Lunatic asylums Madras 1877-1891 - 1877-1891
Year: 1877
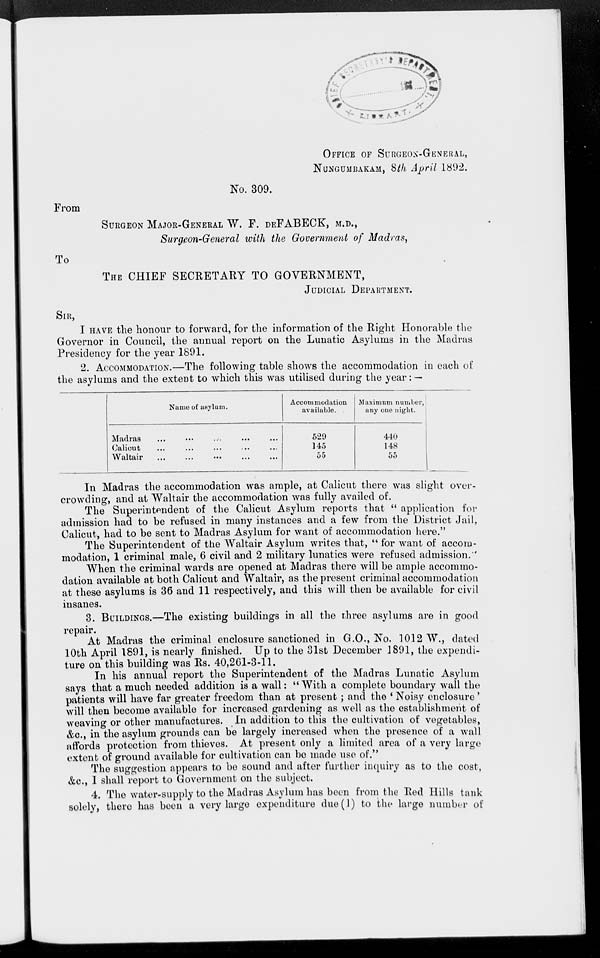
OFFICE OF SURGEON-GENERAL,
NUNGUMBAKAM, 8th April 1892.
No. 309.
From
SURGEON MAJOR-GENERAL W. F. DEFABECK, M.D.,
Surgeon-General with the Government of Madras,
To
THE CHIEF SECRETARY TO GOVERNMENT,
JUDICIAL DEPARTMENT.
SIR,
I HAVE the honour to forward, for the Information of the Right Honorable the
Governor in Council, the annual report on the Lunatic Asylums in the Madras
Presidency for the year 1891.
2. ACCOMMODATION.—The following table shows the accommodation in each of
the asylums and the extent to which this was utilised during the year: —
Name of asylum.
Madras
...
...
...
...
...
Calicut ... ... ... ... ...
Waltair ... ... ... ... ...
Accommodation
available.
529
145
55
Maximum number,
any one night.
440
148
55
In Madras the accommodation was ample, at Calicut there was slight over-
crowding, and at Waltair the accommodation was fully availed of.
The Superintendent of the Calicut Asylum reports that " application for
admission had to be refused in many instances and a few from the District Jail,
Calicut, had to be sent to Madras Asylum for want of accommodation here."
The Superintendent of the Waltair Asylum writes that, " for want of accom-
modation, 1 criminal male, 6 civil and 2 military lunatics were refused admission.
When the criminal wards are opened at Madras there will be ample accommo-
dation available at both Calicut and Waltair, as the present criminal accommodation
at these asylums is 36 and 11 respectively, and this will then be available for civil
insanes.
3. BUILDINGS.—The existing buildings in all the three asylums are in good
repair.
At Madras the criminal enclosure sanctioned in G.O., No. 1012 W., dated
10th April 1891, is nearly finished. Up to the 31st December 1891, the expendi-
ture on this building was Rs. 40,261-3-11.
In his annual report the Superintendent of the Madras Lunatic Asylum
says that a much needed addition is a wall: " With a complete boundary wall the
patients will have far greater freedom than at presents; and the ' Noisy enclosure'
will then become available for increased gardening as well as the establishment of
weaving or other manufactures. In addition to this the cultivation of vegebables,
&c., in the asylum grounds can be largely increased when the presence of a wall
affords protection from thieves. At present only a limited area of a very large
extent of ground available for cultivation can be made use of."
The Suggestion appears to be sound and after further inquiry as to the cost,
&c, I shall report to Government on the subject.
4. The water-supply to the Madras Asylum has been from the Red Hills tank
solely, there has been a very large expenditure due(1) to the large number of